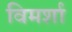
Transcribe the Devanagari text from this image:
विमर्शा